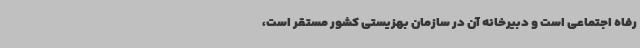
رفاه اجتماعی است و دبیرخانه آن در سازمان بهزیستی کشور مستقر است،